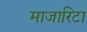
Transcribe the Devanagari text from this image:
माजारिटा